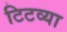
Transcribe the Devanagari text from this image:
टिटव्या